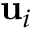
\mathbf { u } _ { i }